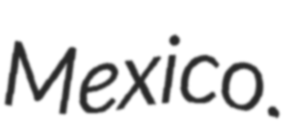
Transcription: Mexico.